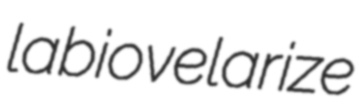
labiovelarize